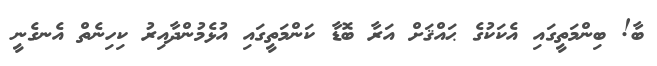
ބާ! ބިންމަތީގައި އެކަކުގެ ޙައްޤަށް އަރާ ބޮޑާ ކަންމަތީގައި އުޅެމުންދާއިރު ކިހިނެތް އެނގެނީ